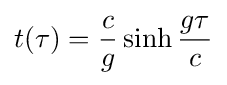
t(\tau )={\frac {c}{g}}\sinh {\frac {g\tau }{c}}